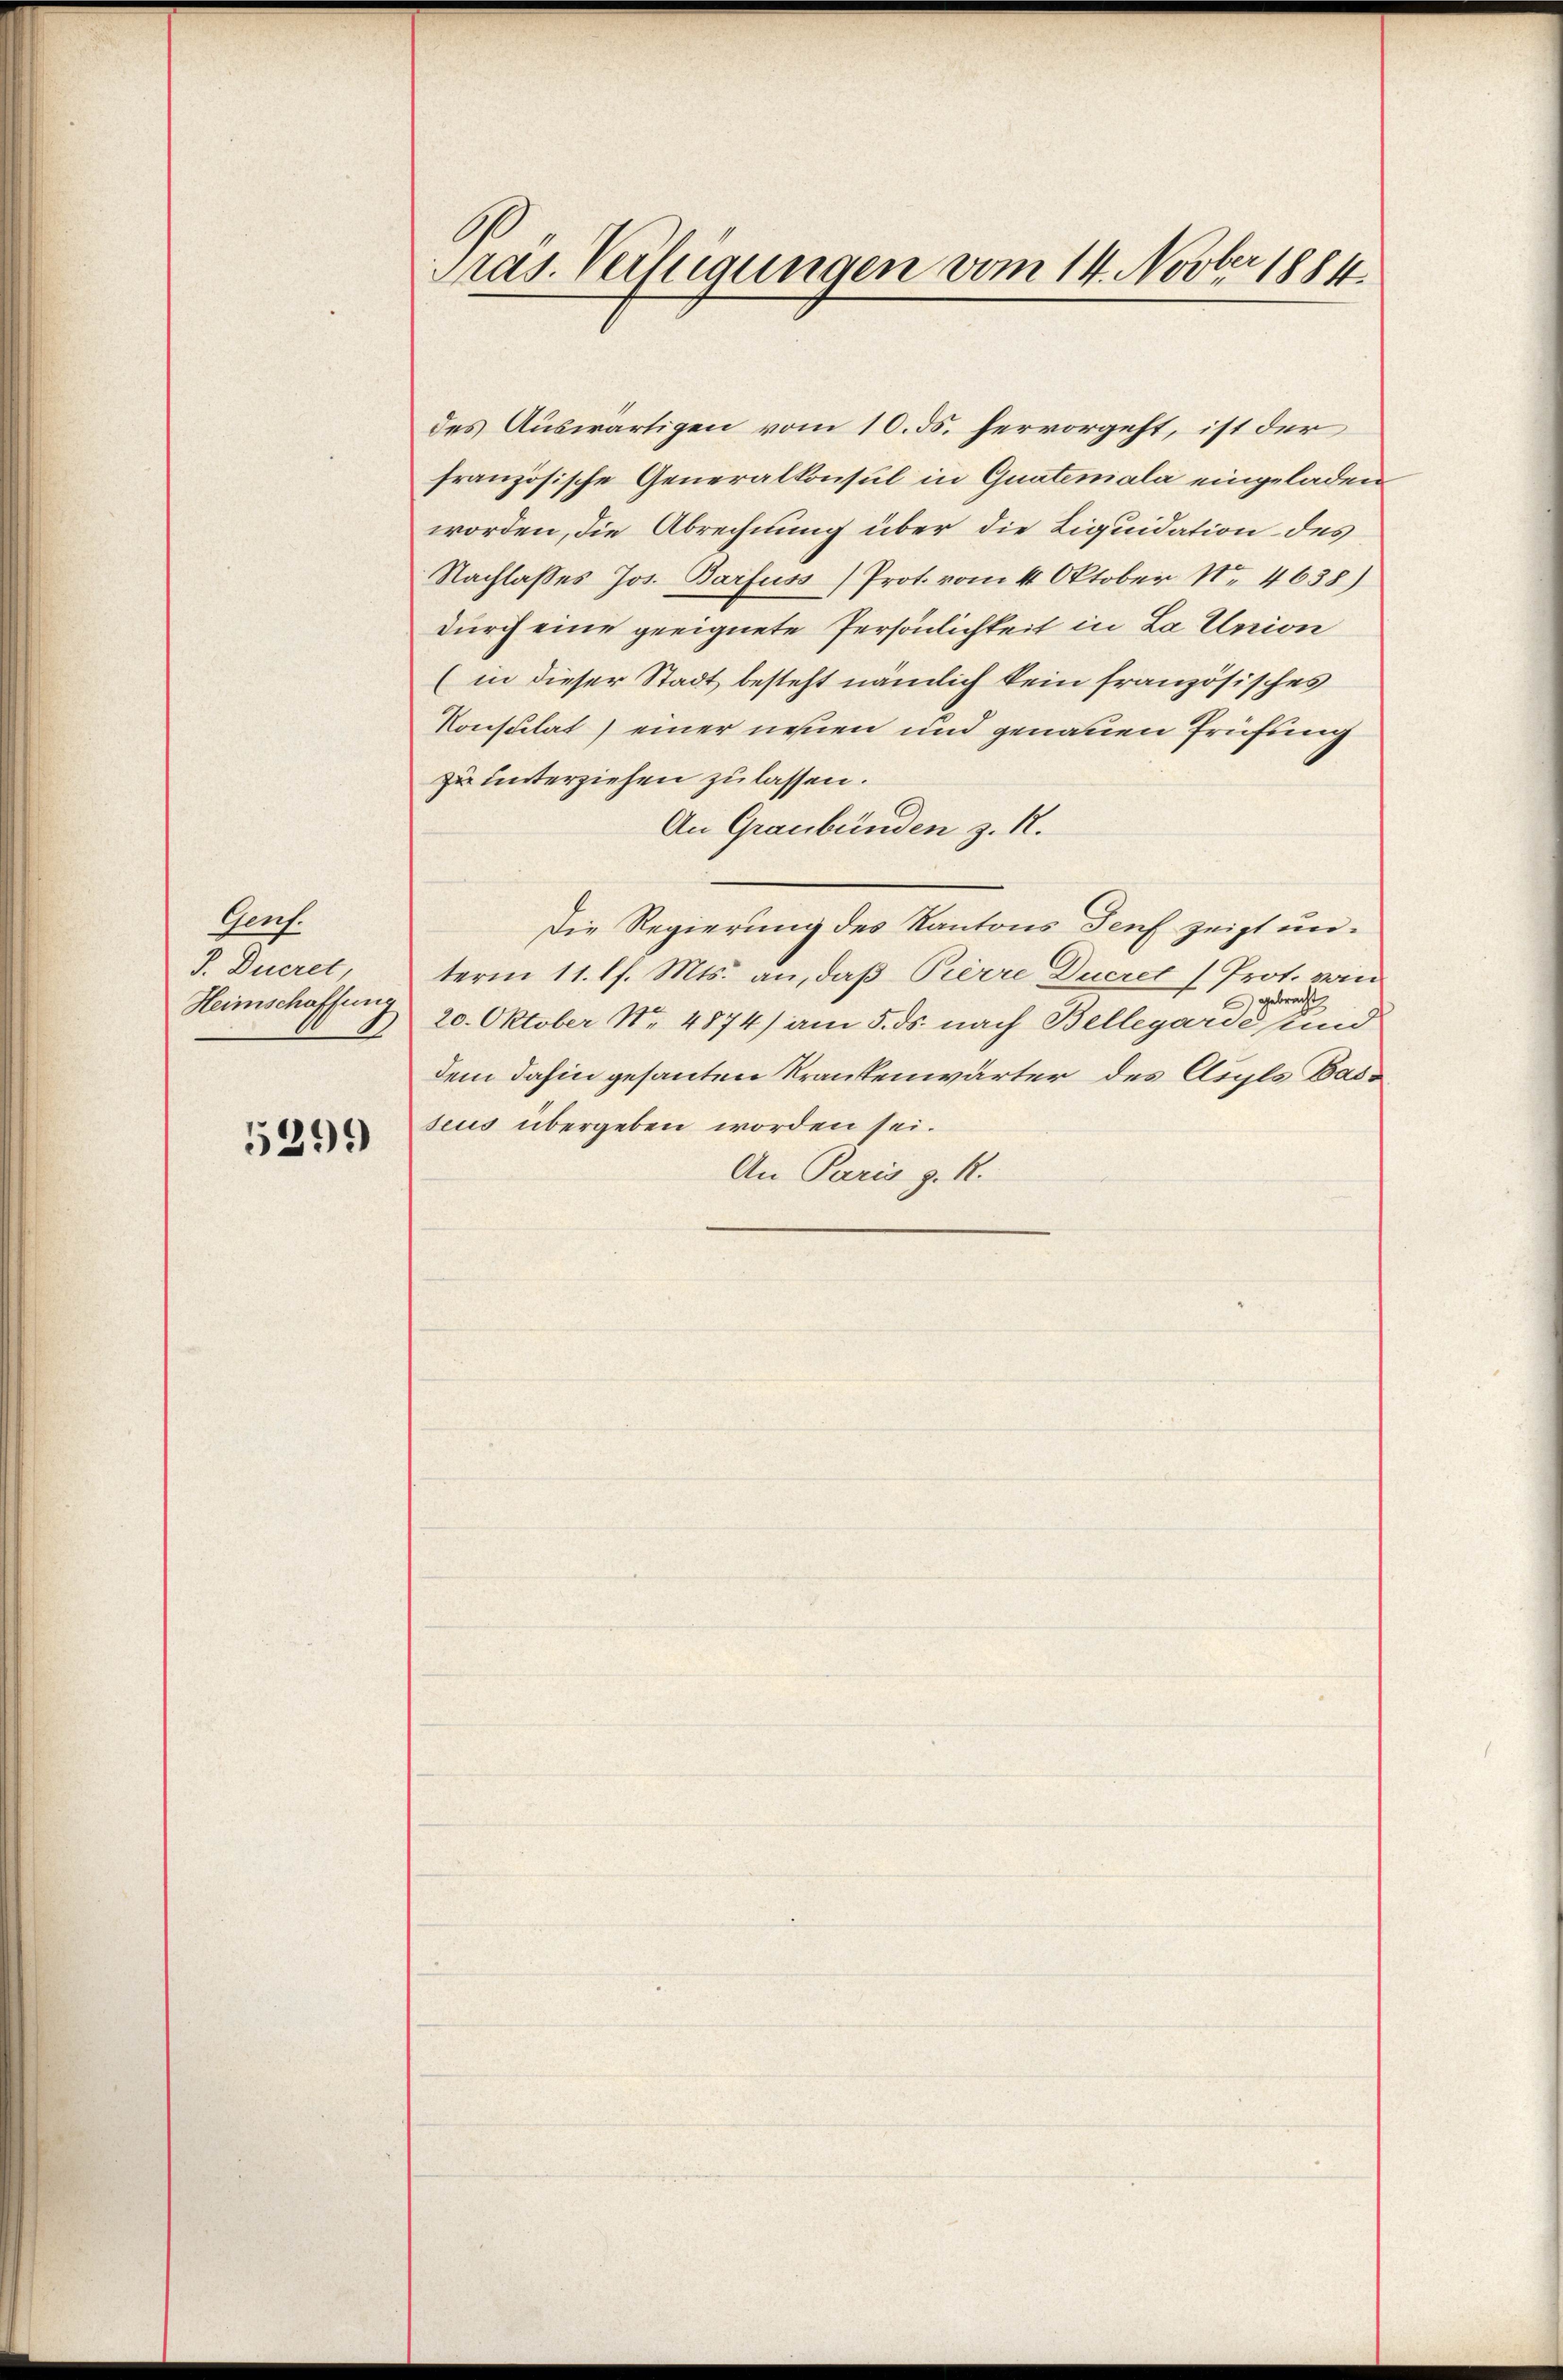
Genf.
J. Decret
Heimschaffung

5299

Pras. Verfügungen vom 14. Novber 1884.

des Auswärtigen vom 10. ds. hervorgeht, ist der
französische Generalkonsul in Quateniala eingeladen
worden, die Abrechnung über die Liquidation des
Nachlasses Jos. Barfuss) Prot. vom 4. Oktober N. 4638)
durch eine geeignete Persönlichkeit in La Union
(in dieser Stadt besteht nämlich kein französisches
Konsulat) einer neuen und genauen Prüfung
zu unterziehen zu lassen.
An Graubünden z. R.
Die Regierung des Kantons Genf zeigt unterm 11. l. Mts. an, daß Pierre Ducret Prot. von
gebracht
20. Oktober Nr. 4874) am 5. ds. nach Bellegarde und
dem dahin gesanten Krankenwärter des Asyls Basseus übergeben worden sei.
An Paris d. R.